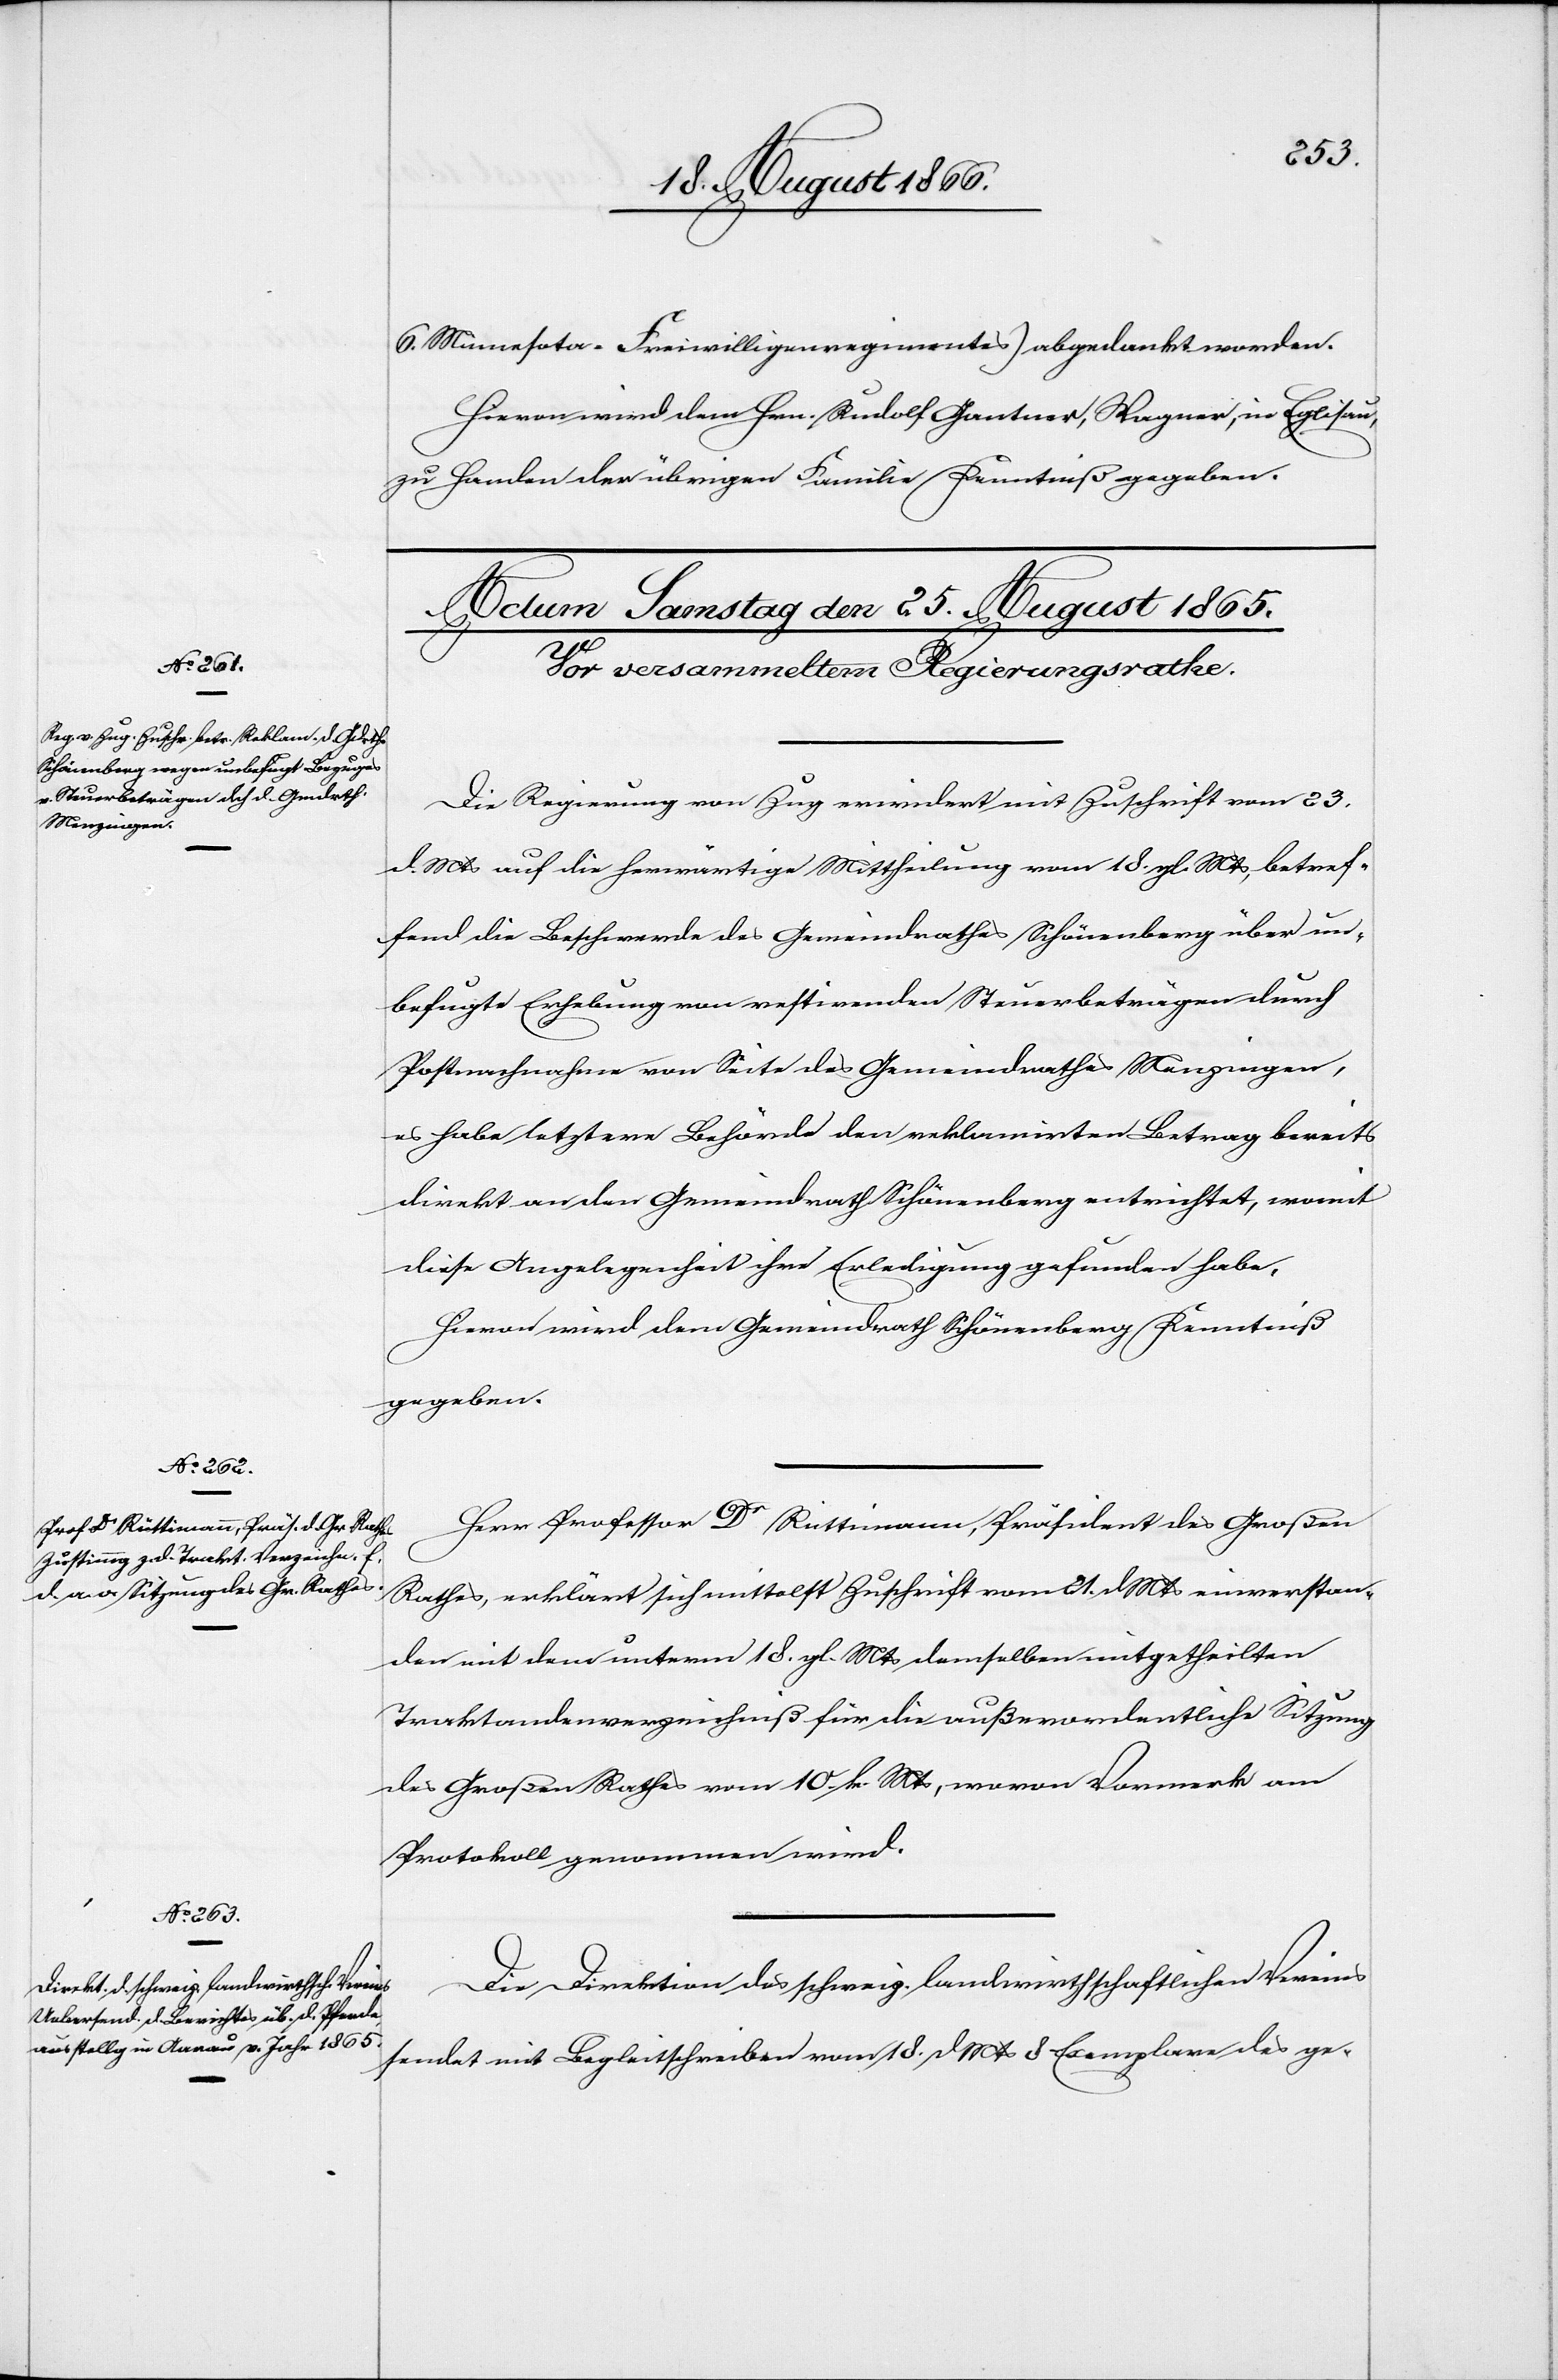
6. Minnesato-Freiwilligenregiments) abgedankt worden.
Hievon wird dem Hrn. Rudolf Gantner, Wagner, in Eglisau,
zu Handen der übrigen Familie Kenntniß gegeben.
Die Regierung von Zug erwiedert mit Zuschrift vom 23.
dMts auf die herwärtige Mittheilung vom 18. gl. Mts, betref¬
fend die Beschwerde des Gemeindrathes Schönenberg über un¬
befugte Erhebung von restirenden Steuerbeträgen durch
Postnachnahme von Seite des Gemeindrathes Menzingen,
es habe letztere Behörde den reklamirten Betrag bereits
direkt an den Gemeindrath Schönenberg entrichtet, womit
diese Angelegenheit ihre Erledigung gefunden habe.
Hievon wird dem Gemeindrath Schönenberg Kenntniß
gegeben.
Herr Professor Dr. Rüttimann, Präsident des Großen
Rathes, erklärt sich mittelst Zuschrift vom 21. dMts einverstan¬
den mit dem unterm 18. gl. Mts. demselben mitgetheilten
Traktandenverzeichniß für die außerordentliche Sitzung
des Großen Rathes vom 10. k. Mts, wovon Vormerk am
Protokoll genommen wird.
Die Direktion des schweiz. landwirthschaftlichen Vereins
sendet mit Begleitschreiben vom 18. dMts 8 Exemplare des ge-